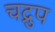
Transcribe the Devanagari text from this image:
चद्रुप